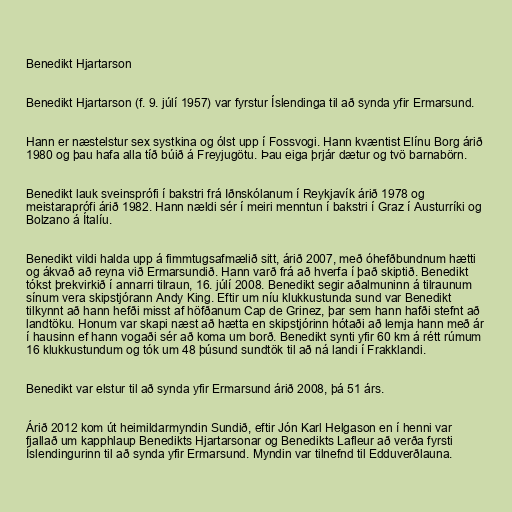
Benedikt Hjartarson

Benedikt Hjartarson (f. 9. júlí 1957) var fyrstur Íslendinga til að synda yfir Ermarsund.

Hann er næstelstur sex systkina og ólst upp í Fossvogi. Hann kvæntist Elínu Borg árið
1980 og þau hafa alla tíð búið á Freyjugötu. Þau eiga þrjár dætur og tvö barnabörn.

Benedikt lauk sveinsprófi í bakstri frá Iðnskólanum í Reykjavík árið 1978 og
meistaraprófi árið 1982. Hann nældi sér í meiri menntun í bakstri í Graz í Austurríki og
Bolzano á Ítalíu.

Benedikt vildi halda upp á fimmtugsafmælið sitt, árið 2007, með óhefðbundnum hætti
og ákvað að reyna við Ermarsundið. Hann varð frá að hverfa í það skiptið. Benedikt
tókst þrekvirkið í annarri tilraun, 16. júlí 2008. Benedikt segir aðalmuninn á tilraunum
sínum vera skipstjórann Andy King. Eftir um níu klukkustunda sund var Benedikt
tilkynnt að hann hefði misst af höfðanum Cap de Grinez, þar sem hann hafði stefnt að
landtöku. Honum var skapi næst að hætta en skipstjórinn hótaði að lemja hann með ár
í hausinn ef hann vogaði sér að koma um borð. Benedikt synti yfir 60 km á rétt rúmum
16 klukkustundum og tók um 48 þúsund sundtök til að ná landi í Frakklandi.

Benedikt var elstur til að synda yfir Ermarsund árið 2008, þá 51 árs.

Árið 2012 kom út heimildarmyndin Sundið, eftir Jón Karl Helgason en í henni var
fjallað um kapphlaup Benedikts Hjartarsonar og Benedikts Lafleur að verða fyrsti
Íslendingurinn til að synda yfir Ermarsund. Myndin var tilnefnd til Edduverðlauna.